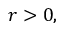
r > 0 ,